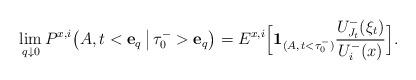
LaTeX: \begin{align*}\lim_{q\downarrow 0} {P}^{x,i} \big(A, t<{\mathbf{e}_q } \,\big|\, {\tau}^-_0>{\mathbf{e}_q }\big)= {E}^{x,i} \Big[\mathbf{1}_{(A, \, t< {\tau}^-_0 )}\frac{U^-_{J_t}(\xi_t) }{ U^-_i(x)}\Big].\end{align*}